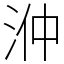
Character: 㳞